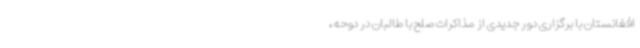
افغانستان با برگزاری دور جدیدی از مذاکرات صلح با طالبان در دوحه،